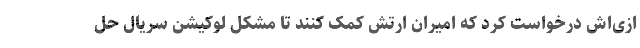
ازی‌اش درخواست کرد که امیران ارتش کمک کنند تا مشکل لوکیشنِ سریال حل